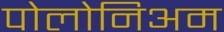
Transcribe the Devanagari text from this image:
पोलोनिअम